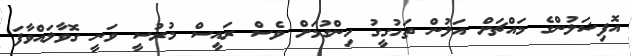
އޮފިޝަލުންގެ މައްޗަށް އަލުން ތަހުގީގު ހިންގުމަށް ވެސް ރައީސް މުރުސީ ވަނީ ގޮވާލައްވާފަ